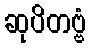
ဆုပိတဗ္ဗံ